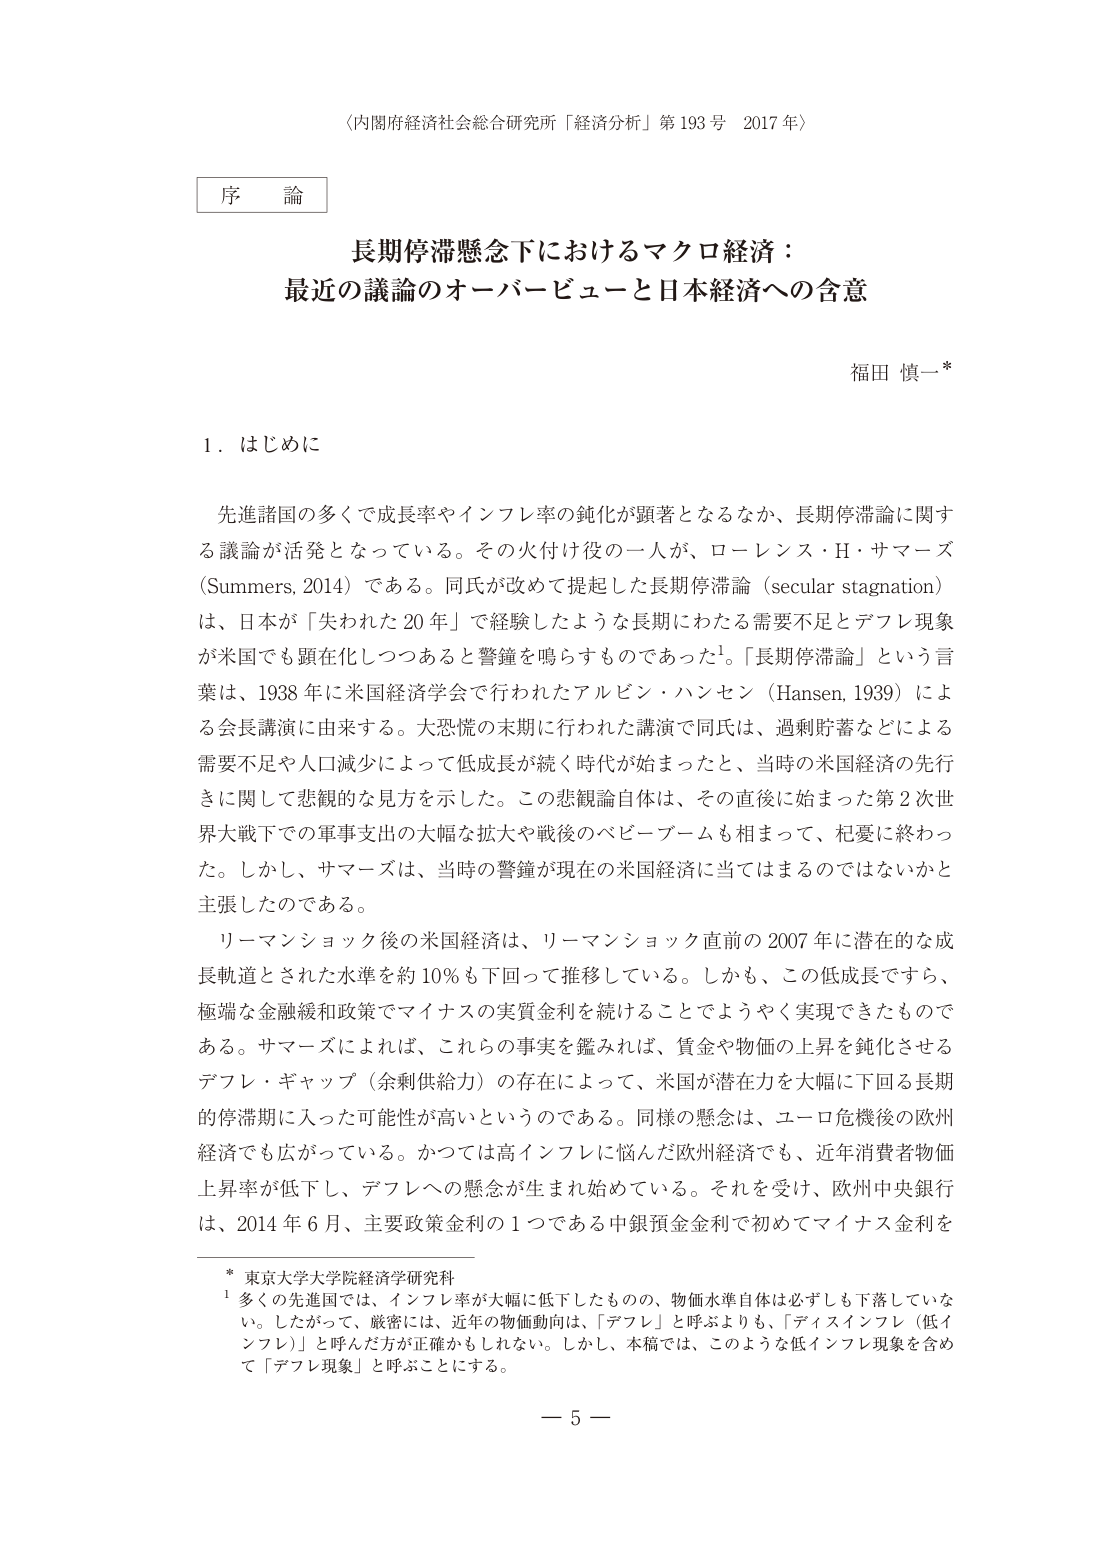
〈内閣府経済社会総合研究所「経済分析」第193号 2017年〉

序 論

長期停滞懸念下におけるマクロ経済：
最近の議論のオーバービューと日本経済への含意

福田 慎一*

1．はじめに

先進諸国の多くで成長率やインフレ率の鈍化が顕著となるなか、長期停滞論に関する議論が活発となっている。その火付け役の一人が、ローレンス・H・サマーズ（Summers, 2014）である。同氏が改めて提起した長期停滞論（secular stagnation）は、日本が「失われた20年」で経験したような長期にわたる需要不足とデフレ現象が米国でも顕在化しつつあると警鐘を鳴らすものであった¹。「長期停滞論」という言葉は、1938年に米国経済学会で行われたアルビン・ハンセン（Hansen, 1939）による会長講演に由来する。大恐慌の末期に行われた講演で同氏は、過剰貯蓄などによる需要不足や人口減少によって低成長が続く時代が始まったと、当時の米国経済の先行きに関して悲観的な見方を示した。この悲観論自体は、その直後に始まった第2次世界大戦下での軍事支出の大幅な拡大や戦後のベビーブームも相まって、杞憂に終わった。しかし、サマーズは、当時の警鐘が現在の米国経済に当てはまるのではないかと主張したのである。

リーマンショック後の米国経済は、リーマンショック直前の2007年に潜在的な成長軌道とされた水準を約10％も下回って推移している。しかも、この低成長ですら、極端な金融緩和政策でマイナスの実質金利を続けることによってようやく実現できたものである。サマーズによれば、これらの事実を鑑みれば、賃金や物価の上昇を鈍化させるデフレ・ギャップ（余剰供給力）の存在によって、米国が潜在力を大幅に下回る長期的停滞期に入った可能性が高いというのである。同様の懸念は、ユーロ危機後の欧州経済でも広がっている。かつては高インフレに悩んだ欧州経済でも、近年消費者物価上昇率が低下し、デフレへの懸念が生まれ始めている。それを受けて、欧州中央銀行は、2014年6月、主要政策金利の1つである中銀預金金利で初めてマイナス金利を

* 東京大学大学院経済学研究科
¹ 多くの先進国では、インフレ率が大幅に低下したものの、物価水準自体は必ずしも下落していない。したがって、厳密には、近年の物価動向は、「デフレ」と呼ぶよりも、「ディスインフレ（低インフレ）」と呼んだ方が正確かもしれない。しかし、本稿では、このような低インフレ現象を含めて「デフレ現象」と呼ぶことにする。

－ 5 －